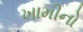
ખામીનો